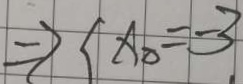
\Rightarrow < x _ { \Delta } = - 3